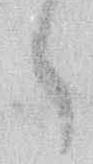
々